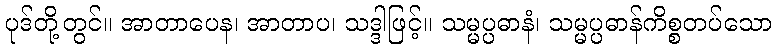
ပုဒ်တို့တွင်။ အာတာပေန၊ အာတာပ၊ သဒ္ဒါဖြင့်။ သမ္မပ္ပဓာနံ၊ သမ္မပ္ပဓာန်ကိစ္စတပ်သော